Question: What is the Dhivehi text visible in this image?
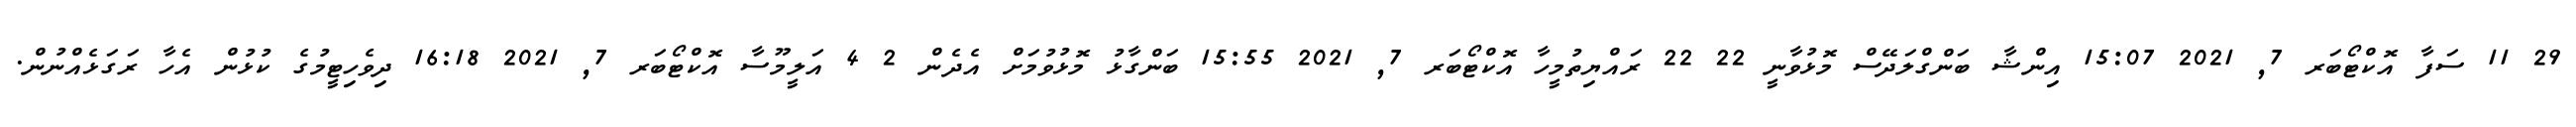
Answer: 29 11 ސަފާ އޮކްޓޯބަރ 7, 2021 15:07 އިންޝާ ބަންގްލަދޭސް މޮޅުވާނީ 22 22 ރައްޔިތުމީހާ އޮކްޓޯބަރ 7, 2021 15:55 ބަންގާޅު މޮޅުވުމަށް އެދެން 2 4 އަލީމޫސާ އޮކްޓޯބަރ 7, 2021 16:18 ދިވެހިޓީމުގެ ކުޅުން އެހާ ރަގަޅެއްނުން.